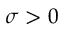
\sigma > 0